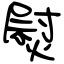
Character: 熨